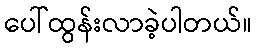
ပေါ်ထွန်းလာခဲ့ပါတယ်။